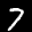
Label: 7